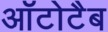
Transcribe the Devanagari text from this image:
ऑटोटैब